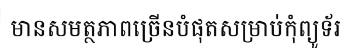
មានសមត្ថភាពច្រើនបំផុតសម្រាប់កុំព្យូទ័រ